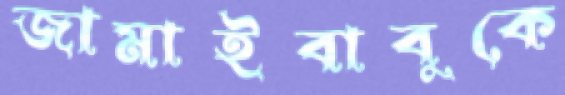
জামাইবাবুকে